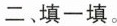
二﹑填一填。